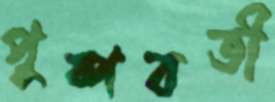
পুষ্পবতী